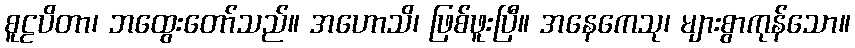
စူဠပိတာ၊ ဘထွေးတော်သည်။ အဟောသိ၊ ဖြစ်ဖူးပြီ။ အနေကေသု၊ များစွာကုန်သော။